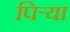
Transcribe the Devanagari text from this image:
पिऱ्या